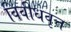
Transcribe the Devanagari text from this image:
विवीधवृत्त